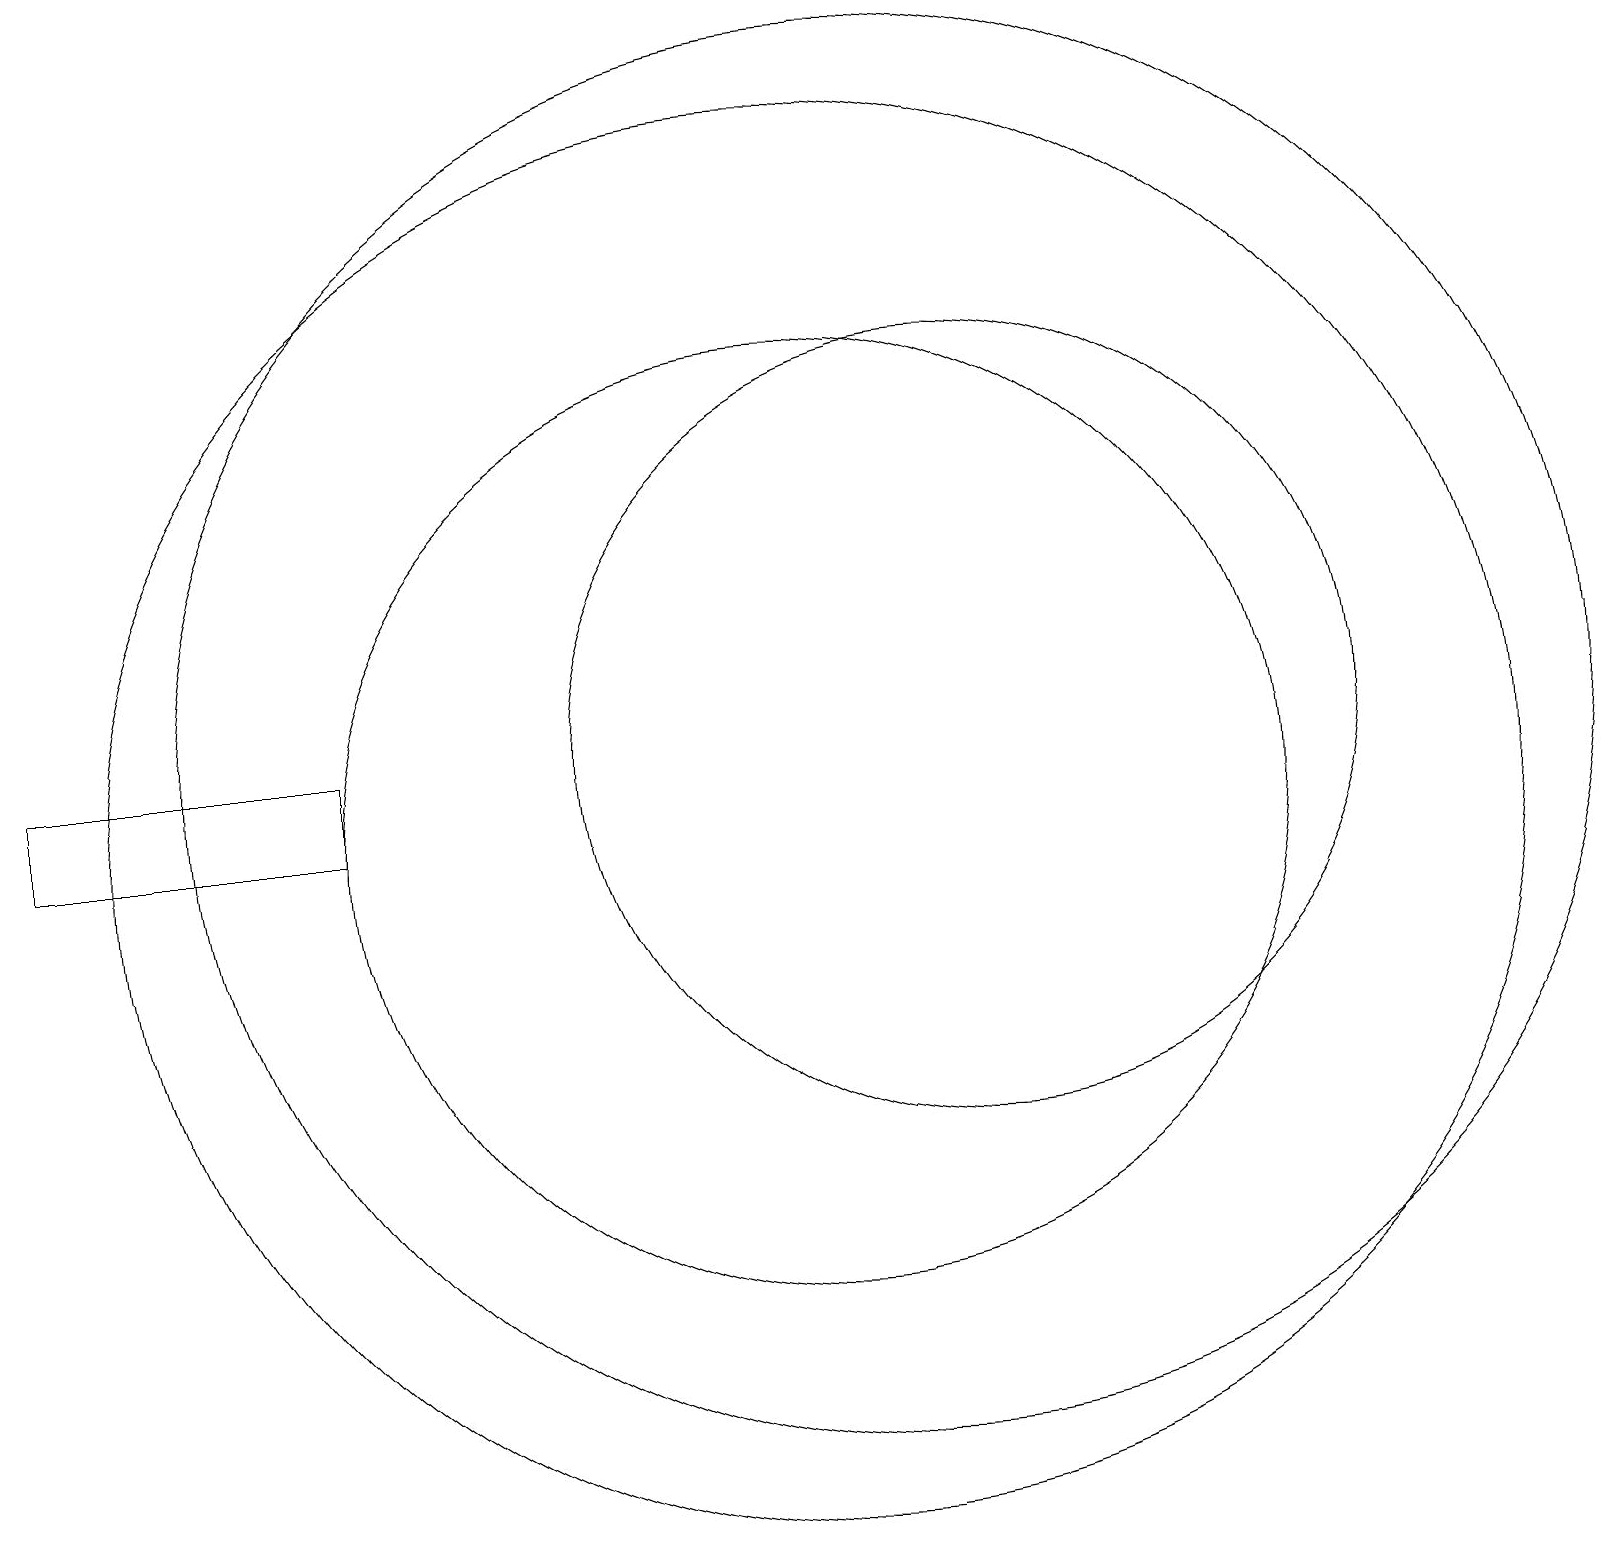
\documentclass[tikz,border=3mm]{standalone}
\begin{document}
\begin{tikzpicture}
\draw (4,10) rectangle (0,11);
\draw (12,11) circle (5);
\draw (10,10) circle (6);
\draw (11,11) circle (9);
\draw (10,10) circle (9);
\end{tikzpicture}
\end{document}